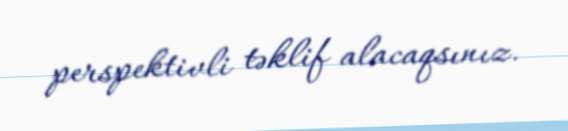
perspektivli təklif alacaqsınız.